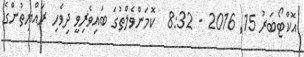
އޮކްޓޯބަރު 15